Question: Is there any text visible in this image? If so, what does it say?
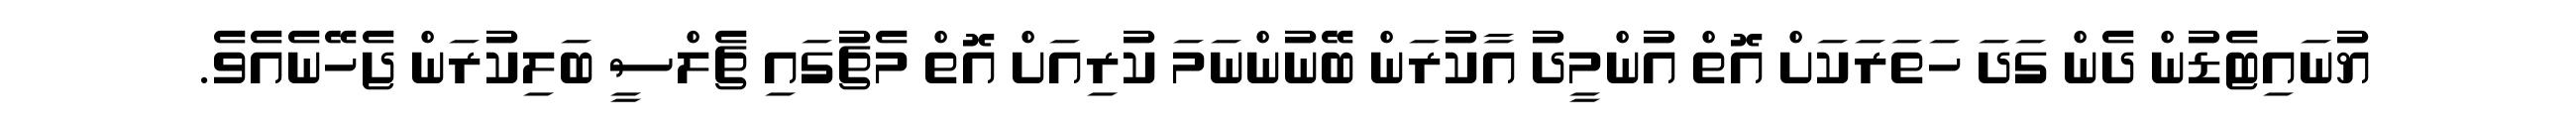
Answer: ޔުނައިޓެޑުން ދެން ގަދަ ހަތަރަކަށް އޮތް އުންމީދު އާކުރަން ބޭނުންނަމަ ކުރިއަށް އޮތް މެޗުގައި ޗެލްސީ ބަލިކުރަން ޖެހޭނެއެވެ.